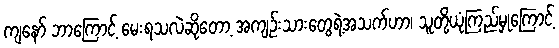
ကျနော် ဘာကြောင့် မေးရသလဲဆိုတော့ အကျဉ်းသားတွေရဲ့အသက်ဟာ၊ သူတို့ယုံကြည်မှုကြောင့်